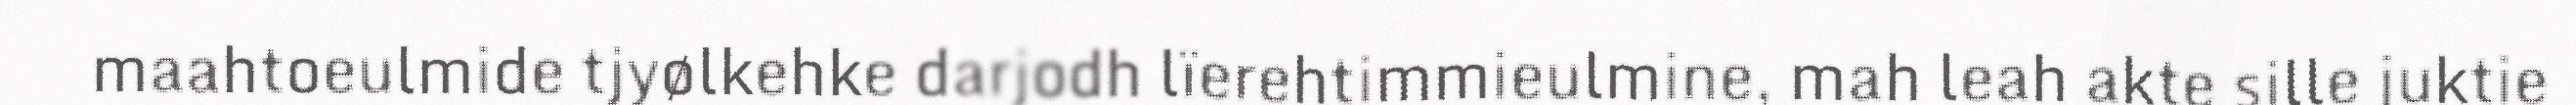
maahtoeulmide tjyølkehke darjodh lïerehtimmieulmine, mah leah akte sille juktie